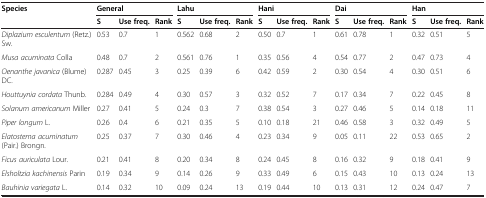
<table><thead><tr><td rowspan="2"><b>Species</b></td><td colspan="3"><b>General</b></td><td colspan="3"><b>Lahu</b></td><td colspan="3"><b>Hani</b></td><td colspan="3"><b>Dai</b></td><td colspan="3"><b>Han</b></td></tr><tr><td><b>S</b></td><td><b>Use freq.</b></td><td><b>Rank</b></td><td><b>S</b></td><td><b>Use freq.</b></td><td><b>Rank</b></td><td><b>S</b></td><td><b>Use freq.</b></td><td><b>Rank</b></td><td><b>S</b></td><td><b>Usefreq.</b></td><td><b>Rank</b></td><td><b>S</b></td><td><b>Use freq.</b></td><td><b>Rank</b></td></tr></thead><tbody><tr><td><i>Diplazium esculentum</i> (Retz.) Sw.</td><td>0.53</td><td>0.7</td><td>1</td><td>0.562</td><td>0.68</td><td>2</td><td>0.50</td><td>0.7</td><td>1</td><td>0.61</td><td>0.78</td><td>1</td><td>0.32</td><td>0.51</td><td>5</td></tr><tr><td><i>Musa acuminata</i> Colla</td><td>0.48</td><td>0.7</td><td>2</td><td>0.561</td><td>0.76</td><td>1</td><td>0.35</td><td>0.56</td><td>4</td><td>0.54</td><td>0.77</td><td>2</td><td>0.47</td><td>0.73</td><td>4</td></tr><tr><td><i>Oenanthe javanica</i> (Blume) DC.</td><td>0.287</td><td>0.45</td><td>3</td><td>0.25</td><td>0.39</td><td>6</td><td>0.42</td><td>0.59</td><td>2</td><td>0.30</td><td>0.54</td><td>4</td><td>0.30</td><td>0.51</td><td>6</td></tr><tr><td><i>Houttuynia cordata</i> Thunb.</td><td>0.284</td><td>0.49</td><td>4</td><td>0.30</td><td>0.57</td><td>3</td><td>0.32</td><td>0.52</td><td>7</td><td>0.17</td><td>0.34</td><td>7</td><td>0.22</td><td>0.45</td><td>8</td></tr><tr><td><i>Solanum americanum</i> Miller</td><td>0.27</td><td>0.41</td><td>5</td><td>0.24</td><td>0.3</td><td>7</td><td>0.38</td><td>0.54</td><td>3</td><td>0.27</td><td>0.46</td><td>5</td><td>0.14</td><td>0.18</td><td>11</td></tr><tr><td><i>Piper longum</i> L.</td><td>0.26</td><td>0.4</td><td>6</td><td>0.21</td><td>0.35</td><td>5</td><td>0.10</td><td>0.18</td><td>21</td><td>0.46</td><td>0.58</td><td>3</td><td>0.32</td><td>0.49</td><td>5</td></tr><tr><td><i>Elatostema acuminatum</i> (Pair.) Brongn.</td><td>0.25</td><td>0.37</td><td>7</td><td>0.30</td><td>0.46</td><td>4</td><td>0.23</td><td>0.34</td><td>9</td><td>0.05</td><td>0.11</td><td>22</td><td>0.53</td><td>0.65</td><td>2</td></tr><tr><td><i>Ficus auriculata</i> Lour.</td><td>0.21</td><td>0.41</td><td>8</td><td>0.20</td><td>0.34</td><td>8</td><td>0.24</td><td>0.45</td><td>8</td><td>0.16</td><td>0.32</td><td>9</td><td>0.18</td><td>0.41</td><td>9</td></tr><tr><td><i>Elsholtzia kachinensis</i> Parin</td><td>0.19</td><td>0.34</td><td>9</td><td>0.14</td><td>0.26</td><td>9</td><td>0.33</td><td>0.49</td><td>6</td><td>0.15</td><td>0.43</td><td>10</td><td>0.13</td><td>0.24</td><td>13</td></tr><tr><td><i>Bauhinia variegata</i> L.</td><td>0.14</td><td>0.32</td><td>10</td><td>0.09</td><td>0.24</td><td>13</td><td>0.19</td><td>0.44</td><td>10</td><td>0.13</td><td>0.31</td><td>12</td><td>0.24</td><td>0.47</td><td>7</td></tr></tbody></table>